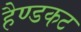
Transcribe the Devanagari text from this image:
हैण्डकट